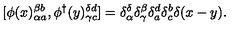
[ \phi ( x ) _ { \alpha a } ^ { \beta b } , \phi ^ { \dagger } ( y ) _ { \gamma c } ^ { \delta d } ] = \delta _ { \alpha } ^ { \delta } \delta _ { \gamma } ^ { \beta } \delta _ { a } ^ { d } \delta _ { c } ^ { b } \delta ( x - y ) .